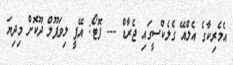
އެމެރިކާގެ އެލްއޭ ގެލެކްސީގައި ޖެރާޑް --- ފޮޓޯ: އޭޕީ ލިވަޕޫލް ދޫކޮށް މިދިޔަ